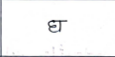
मजकूर: घ